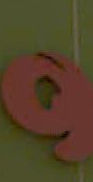
و